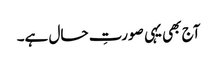
آج بھی یہی صورتِ حال ہے۔